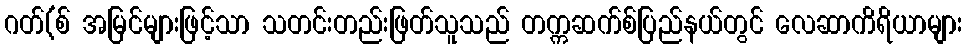
ဂတ်(စ် အမြင်များဖြင့်သာ သတင်းတည်းဖြတ်သူသည် တက္ကဆက်စ်ပြည်နယ်တွင် လေဆာကိရိယာများ